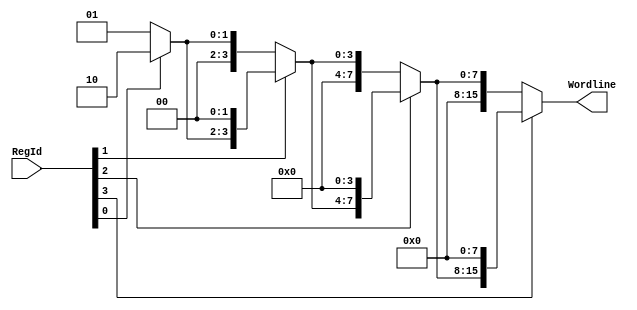
// 4-16 read decoder
module ReadDecoder_4_16(RegId, Wordline);
    input [3:0] RegId;
    output [15:0] Wordline;
    wire [15:0] Wordline0, Wordline1, Wordline2, Wordline3;

    assign Wordline0 = 16'h0001;
    assign Wordline1 = RegId[0] ? Wordline0 << 1 : Wordline0;
    assign Wordline2 = RegId[1] ? Wordline1 << 2 : Wordline1;
    assign Wordline3 = RegId[2] ? Wordline2 << 4 : Wordline2;
    assign Wordline = RegId[3] ? Wordline3 << 8 : Wordline3;
endmodule